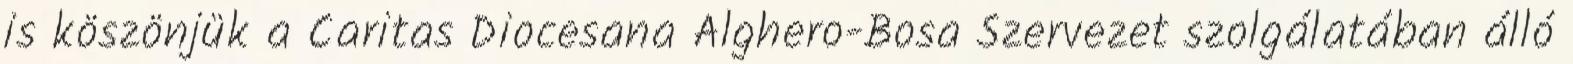
is köszönjük a Caritas Diocesana Alghero-Bosa Szervezet szolgálatában álló